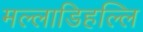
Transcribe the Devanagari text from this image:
मल्‍लाडिहल्‍लि